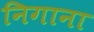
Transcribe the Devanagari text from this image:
निगाना